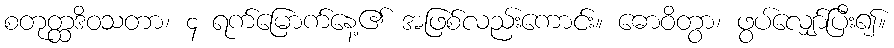
စတုတ္ထဒိဝသတာ၊ ၄ ရက်မြောက်နေ့၏ အဖြစ်လည်းကောင်း။ ဓောဝိတွာ၊ ဖွပ်လျှော်ပြီး၍။